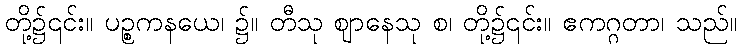
တို့၌၎င်း။ ပဉ္စကနယေ၊ ၌။ တီသု ဈာနေသု စ၊ တို့၌၎င်း။ ဧကဂ္ဂတာ၊ သည်။